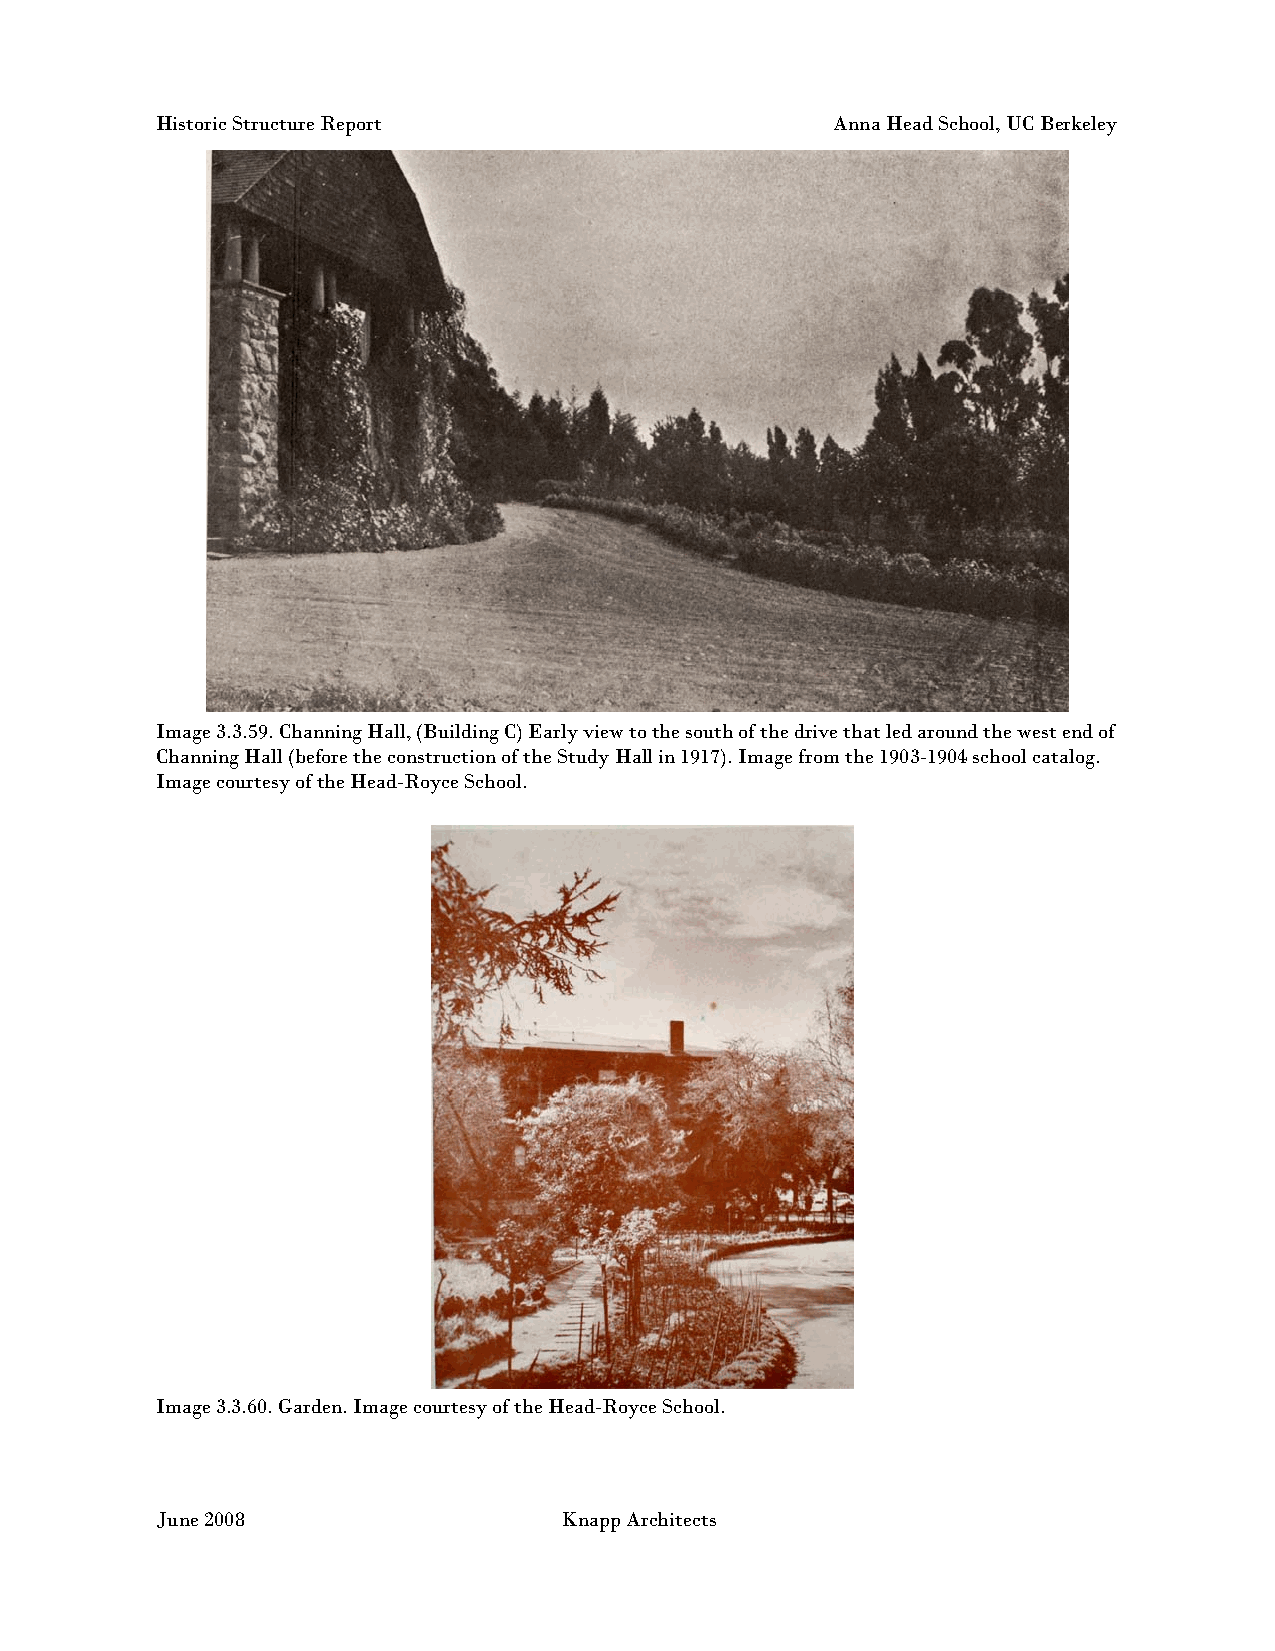
Historic Structure Report                    Anna Head School, UC Berkeley
 Image 3.3.59. Channing Hall, (Building C) Early view to the south of the drive that led around the west end of
 Channing Hall (before the construction of the Study Hall in 1917). Image from the 1903-1904 school catalog.
 Image courtesy of the Head-Royce School.
 Image 3.3.60. Garden. Image courtesy of the Head-Royce School.
 June 2008                  Knapp Architects